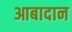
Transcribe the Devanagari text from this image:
आबादान